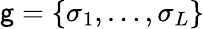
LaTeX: \mathsf{g}=\{ \sigma_{1},\dots,\sigma_{L}\}